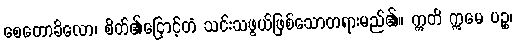
စေတောခိလော၊ စိတ်၏ငြောင့်တံ သင်းသဖွယ်ဖြစ်သောတရားမည်၏။ ဣတိ ဣမေ ပဉ္စ၊